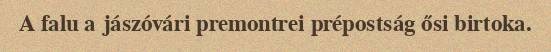
A falu a jászóvári premontrei prépostság ősi birtoka.